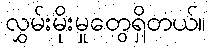
လွှမ်းမိုးမှုတွေရှိတယ်။